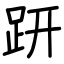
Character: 趼